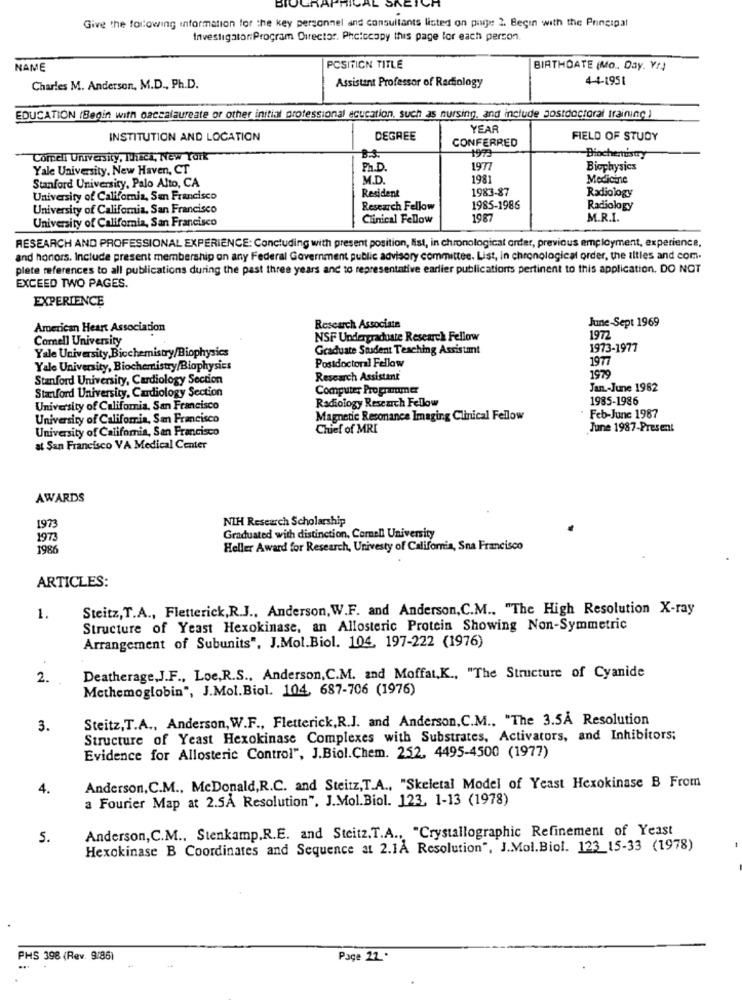
Give the following information for the key personnel and consultants listed on pije 2. Begin with the Principal
InvestigatoriProgram Director. Photocopy this page for each person.
NAME
POSITION TITLE
BIRTHDATE (Mo .. Day. Yr)
4-4-1951
Charles M. Anderson, M.D ., Ph.D.
Assistant Professor of Radiology
EDUCATION (Begin with oaccalaureate or other initial professional acucation, such as nursing, and include postdoctoral training )
YEAR
INSTITUTION AND LOCATION
DEGREE
CONFERRED
FIELD OF STUDY
Comell University, Thick, New York
B.S.
1973
Biochertusty
Yale University, New Haven, CT
Ph.D.
1977
Biophysics
M.D.
1981
Medicine
Stanford University, Palo Alto, CA
Resident
1983-87
University of California, San Francisco
Radiology
University of California, San Francisco
Research Fellow
1985-1986
Radiology
University of California, San Francisco
Clinical Fellow
198
M.R.I.
RESEARCH AND PROFESSIONAL EXPERIENCE: Concluding with present position, list, in chronological order, previous employment, experience,
and honors. Include present membership on any Federal Government public advisory committee. List, in chronological order, the titles and com.
plate references to all publications during the past three years and to representative earlier publications pertinent to this application. DO NOT
EXCEED TWO PAGES.
EXPERIENCE
June-Sept 1969
American Heart Association
Research Associate
Cornell University
NSF Undergraduate Research Fellow
1972
Graduate Student Teaching Assistmmt
1973-1977
Yale University, Biochemistry/Biophysics
Postdoctoral Fellow
1977
Yale University, Biochemistry/Biophysics
Stanford University, Cardiology Section
Research Assistant
1979
Stanford University, Cardiology Section
Computer Programer
Jan .- June 1982
Radiology Research Fellow
1985-1986
University of California, San Francisco
University of California, San Francisco
Magnetic Resonance Imaging Clinical Fellow
Feb-June 1987
University of California, San Francisco
Chief of MRI
June 1987-Present
at San Francisco VA Medical Center
AWARDS
NIH Research Scholarship
1973
1973
Graduated with distinction, Cornell University
1986
Heller Award for Research, Univesty of California, Sna Francisco
ARTICLES:
Steitz, T.A ., Fletterick,R.J ., Anderson, W.F. and Anderson,C.M ., "The High Resolution X-ray
1.
Structure of Yeast Hexokinase, an Allosteric Protein Showing Non-Symmetric
Arrangement of Subunits", J.Mol.Biol. 104, 197-222 (1976)
2.
Deatherage,J.F ., Loe,R.S ., Anderson,C.M. and Moffat,K ., "The Structure of Cyanide
Methemoglobin", J.Mol. Biol. 104, 687-706 (1976)
Steitz, T.A ., Anderson, W.F ., Fletterick,R.J. and Anderson,C.M ., "The 3.5Å Resolution
3.
Structure of Yeast Hexokinase Complexes with Substrates, Activators, and Inhibitors;
Evidence for Allosteric Control", J.Biol.Chem. 252, 4495-4500 (1977)
Anderson, C.M ., McDonald,R.C. and Steitz,T.A ., "Skeletal Model of Yeast Hexokinase B From
4.
a Fourier Map at 2.5A Resolution", J.Mol.Biol. 123, 1-13 (1978)
Anderson, C.M ., Stenkamp.R.E. and Steitz.T.A ., "Crystallographic Refinement of Yeast
5.
Hexokinase B Coordinates and Sequence at 2.1A Resolution", J.Mol.Biol. 123_15-33 (1978)
PHS 398 (Rev. 9/86)
Page 22.